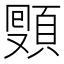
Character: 𩓔